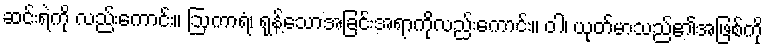
ဆင်းရဲကို လည်းကောင်း။ ဩကာရံ၊ ရုန့်သောအခြင်းအရာကိုလည်းကောင်း။ ဝါ၊ ယုတ်မာသည်၏အဖြစ်ကို